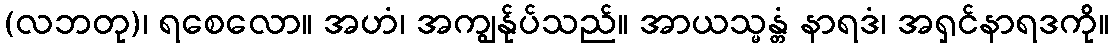
(လဘတု)၊ ရစေလော။ အဟံ၊ အကျွန်ုပ်သည်။ အာယသ္မန္တံ နာရဒံ၊ အရှင်နာရဒကို။